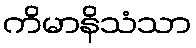
ကိမာနိသံသာ